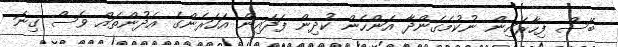
ބޭސް ފިހާރައިން ނުކުމެގެންދާ އަންހެން ކުދިން ފަދައިން އަހަރެންގެ އެދުންތައް ވެސް ގިނަ